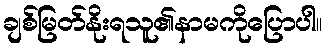
ချစ်မြတ်နိုးရသူ၏နာမကိုပြောပါ။